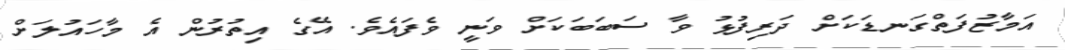
އަމާޒުފަތްގަނޑަކަށް ދަރިފުޅު ވާ ސަބަބަކަށް ވަނީ ވެފައެވެ. އޭގެ އިތުރުން އެ މާހައުލަށް